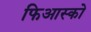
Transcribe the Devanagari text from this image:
फिआस्को